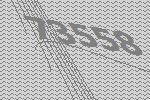
73558